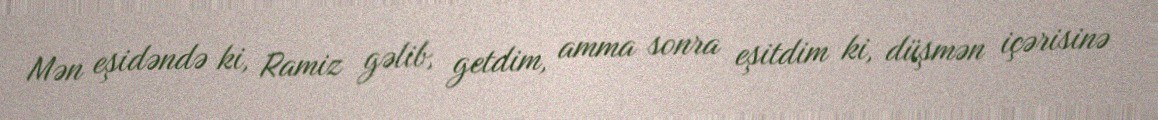
Mən eşidəndə ki, Ramiz gəlib, getdim, amma sonra eşitdim ki, düşmən içərisinə